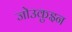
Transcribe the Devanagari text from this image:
जो॑उकुइन